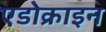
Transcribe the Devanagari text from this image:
एडोक्राइन